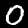
Label: 0